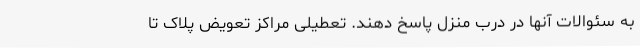
به سئوالات آنها در درب منزل پاسخ دهند. تعطیلی مراکز تعویض پلاک تا